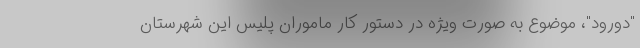
"دورود"، موضوع به صورت ویژه در دستور کار ماموران پلیس این شهرستان